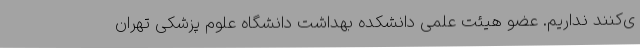
ی‌کنند نداریم. عضو هیئت علمی دانشکده بهداشت دانشگاه علوم پزشکی تهران